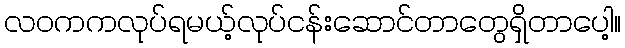
လဝကကလုပ်ရမယ့်လုပ်ငန်းဆောင်တာတွေရှိတာပေါ့။